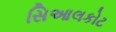
સિઆલકોટ